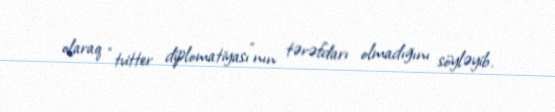
olaraq “tvitter diplomatiyası”nın tərəfdarı olmadığını söyləyib.